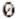
0